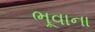
ભૂવાના